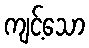
ကျင့်သော